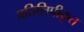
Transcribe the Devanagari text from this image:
प्रतिलिपीकृत